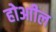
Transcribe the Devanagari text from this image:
होआील